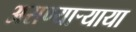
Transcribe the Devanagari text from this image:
असण्यार्‍याया